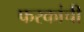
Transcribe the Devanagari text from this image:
फरकांची